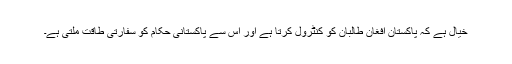
خیال ہے کہ پاکستان افغان طالبان کو کنٹرول کرتا ہے اور اِس سے پاکستانی حکام کو سفارتی طاقت ملتی ہے۔